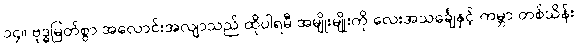
၁၄။ ဗုဒ္ဓမြတ်စွာ အလောင်းအလျာသည် ထိုပါရမီ အမျိုးမျိုးကို လေးအသင်္ချေနှင့် ကမ္ဘာ တစ်သိန်း